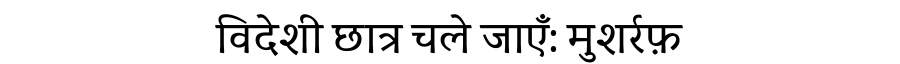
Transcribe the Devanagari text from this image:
विदेशी छात्र चले जाएँ: मुशर्रफ़